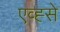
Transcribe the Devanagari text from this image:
एव्ह्से